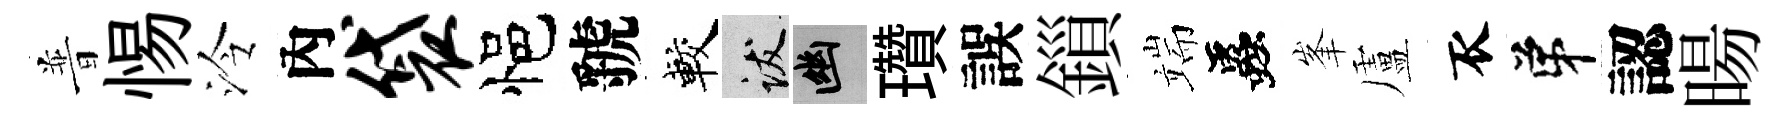
普惕泠內袋悒虢較跋幽瓚誤鎻端蟲峯盧衣弟認暘